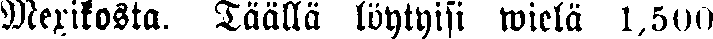
Mexikosta. Täällä löytyisi wielä 1,500